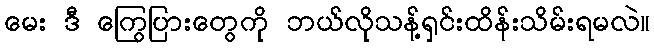
မေး ဒီ ကြွေပြားတွေကို ဘယ်လိုသန့်ရှင်းထိန်းသိမ်းရမလဲ။